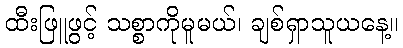
ထီးဖြူဖွင့် သစ္စာကိုမူမယ်၊ ချစ်ရှာသူယနေ့။